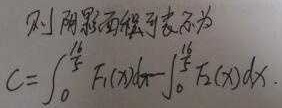
则阴影面积可表示为：
\[C = \int_{0}^{\frac{\sqrt{2}}{2}} F_{1}(x)dx - \int_{0}^{\frac{\sqrt{2}}{2}} F_{2}(x)dx\]